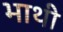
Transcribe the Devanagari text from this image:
भाथी